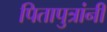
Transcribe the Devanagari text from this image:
पितापुत्रांनी